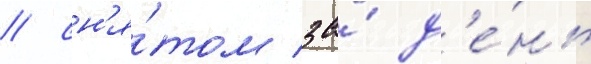
/ сн'я́том за́ д'е́нь